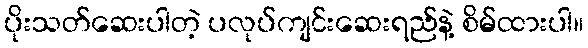
ပိုးသတ်ဆေးပါတဲ့ ပလုပ်ကျင်းဆေးရည်နဲ့ စိမ်ထားပါ။